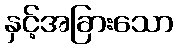
နှင့်အခြားသော